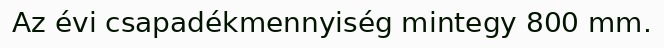
Az évi csapadékmennyiség mintegy 800 mm.